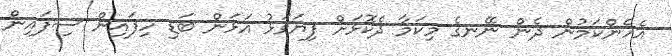
އެހެންކަމުން ދެން ނޭނގެ މިކަމާ ދެކޮޅަށް ފިޔަވަޅު އަޅަން ބަޑި ހިފައިން ސިފައިން